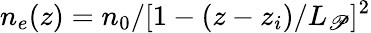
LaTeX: n_{e}(z)=n_{0}/[1-(z-z_{i})/L_{\mathscr{P}}]^{2}